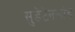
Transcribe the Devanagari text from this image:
सुडेटेनलांड